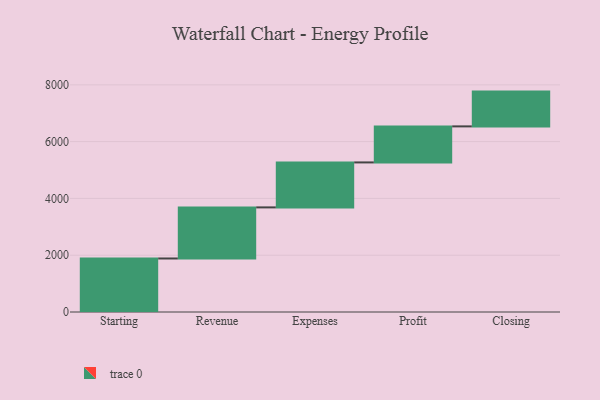
{"axis": {"x": "Step", "y": "Value"}, "legend": [""], "data": [{"x": "Starting", "y": 1885.0, "type": ""}, {"x": "Revenue", "y": 1799.0, "type": ""}, {"x": "Expenses", "y": 1584.0, "type": ""}, {"x": "Profit", "y": 1269.0, "type": ""}, {"x": "Closing", "y": 1225.0, "type": ""}]}